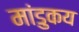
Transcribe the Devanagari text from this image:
मांडुकय